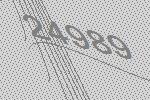
24989